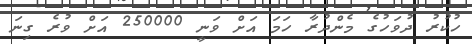
ހުކުރު ދުވަހުގެ މެންދުރާ ހަމަ އަށް ވަނީ 250000 އަށް ވުރެ ގިނަ